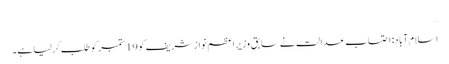
…
اسلام آباد: احتساب عدالت نے سابق وزیراعظم نوازشریف کو 19 ستمبر کو طلب کرلیا ہے۔